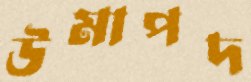
উমাপদ